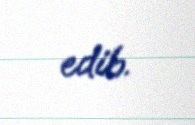
edib.